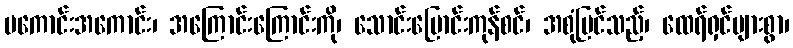
မကောင်းအကောင်း၊ အကြောင်းကြောင်းကို၊ သောင်းပြောင်းကုန်စင်၊ အစုံမြင်သည့်၊ ထေရ်ရှင်များစွာ၊